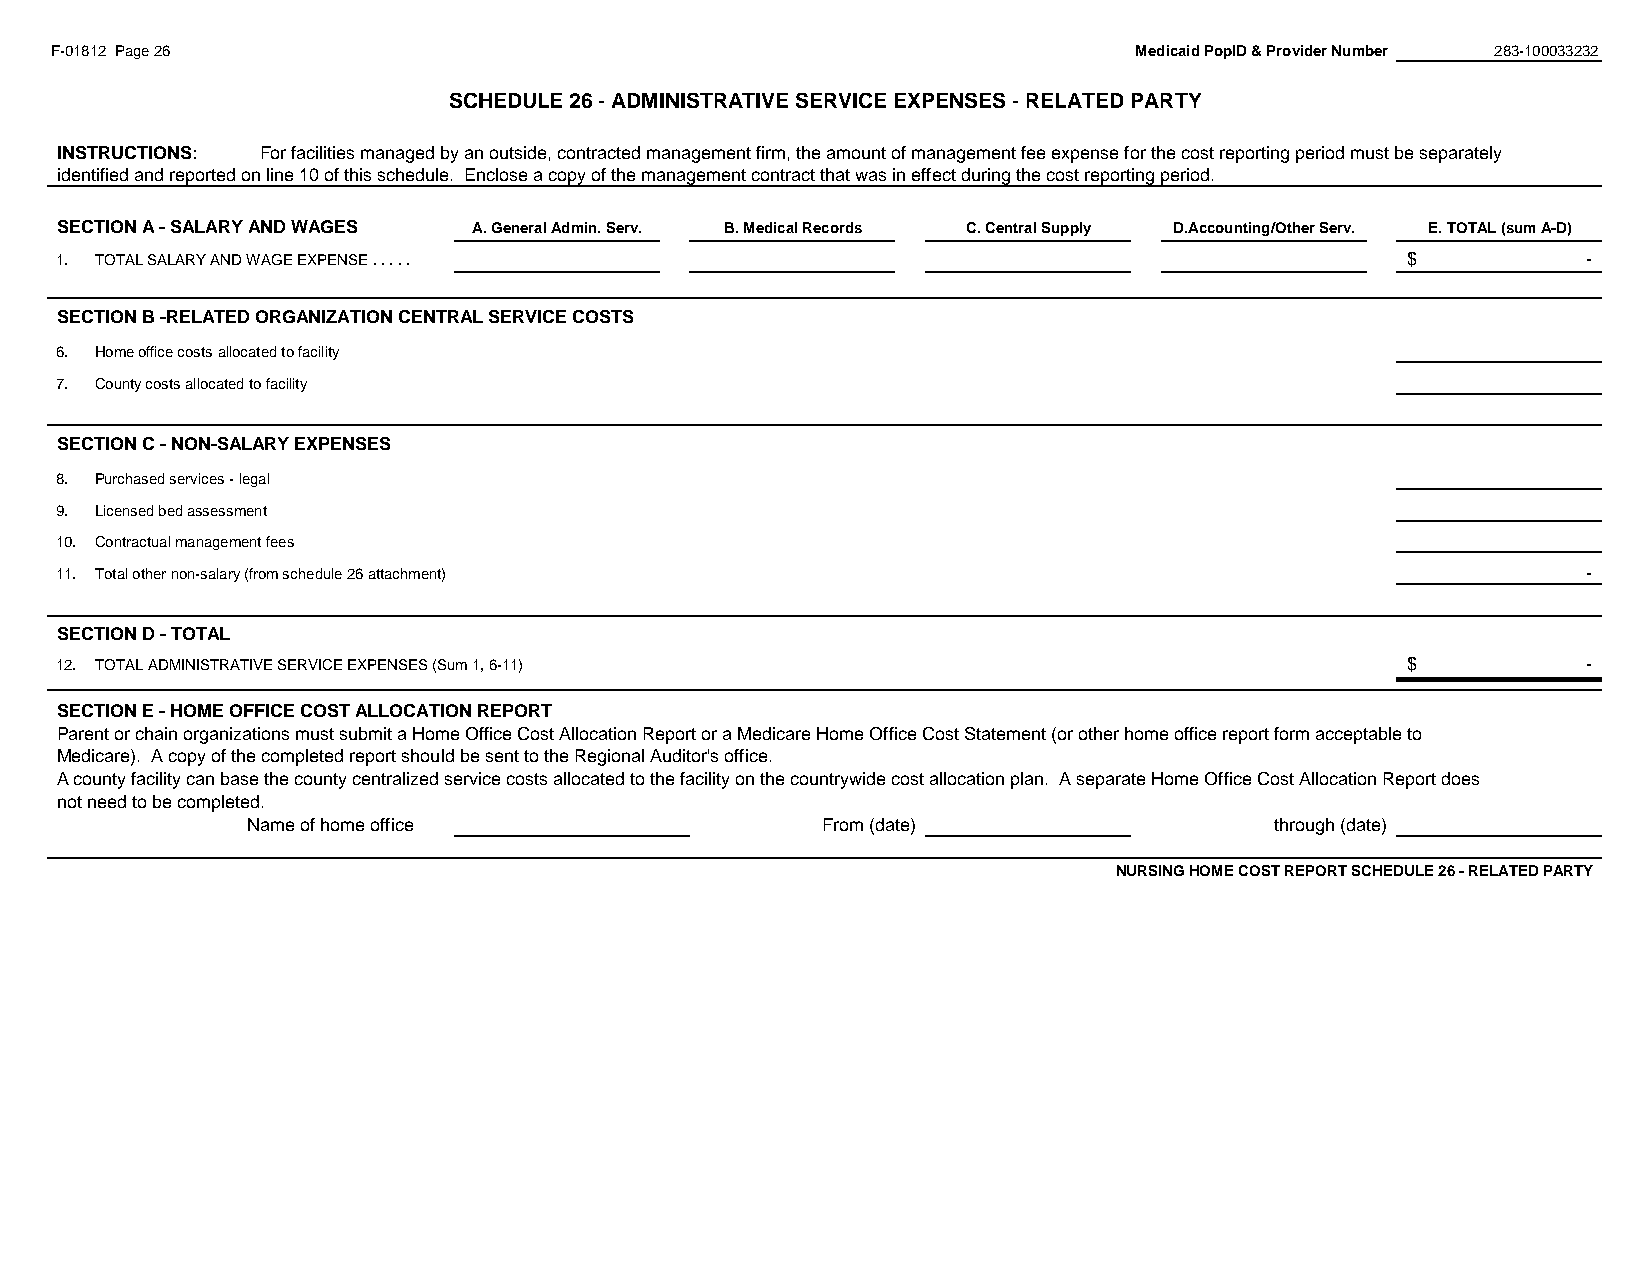
F-01812 Page 26                                                         Medicaid PopID & Provider Number 283-100033232
 SCHEDULE 26 - ADMINISTRATIVE SERVICE EXPENSES - RELATED PARTY
 #REF!
 INSTRUCTIONS: For facilities managed by an outside, contracted management firm, the amount of management fee expense for the cost reporting period must be separately
 identified and reported on line 10 of this schedule. Enclose a copy of the management contract that was in effect during the cost reporting period.
 SECTION A - SALARY AND WAGES A. General Admin. Serv. B. Medical Records C. Central Supply D.Accounting/Other Serv. E. TOTAL (sum A-D)
 1. TOTAL SALARY AND WAGE EXPENSE . . . . .                                               $           -
 SECTION B -RELATED ORGANIZATION CENTRAL SERVICE COSTS
 6. Home office costs allocated to facility
 7. County costs allocated to facility
 SECTION C - NON-SALARY EXPENSES
 8. Purchased services - legal
 9. Licensed bed assessment
 10. Contractual management fees
 11. Total other non-salary (from schedule 26 attachment)                                             -
 SECTION D - TOTAL
 12. TOTAL ADMINISTRATIVE SERVICE EXPENSES (Sum 1, 6-11)                                  $           -
 SECTION E - HOME OFFICE COST ALLOCATION REPORT
 Parent or chain organizations must submit a Home Office Cost Allocation Report or a Medicare Home Office Cost Statement (or other home office report form acceptable to
 Medicare). A copy of the completed report should be sent to the Regional Auditor's office.
 A county facility can base the county centralized service costs allocated to the facility on the countrywide cost allocation plan. A separate Home Office Cost Allocation Report does
 not need to be completed.
 Name of home office                   From (date)                   through (date)
 NURSING HOME COST REPORT SCHEDULE 26 - RELATED PARTY